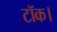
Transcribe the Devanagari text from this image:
टॉक।